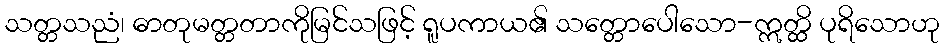
သတ္တသညံ၊ ဓာတုမတ္တတာကိုမြင်သဖြင့် ရူပကာယ၏ သတ္တောပေါသော-ဣတ္ထိ ပုရိသောဟု